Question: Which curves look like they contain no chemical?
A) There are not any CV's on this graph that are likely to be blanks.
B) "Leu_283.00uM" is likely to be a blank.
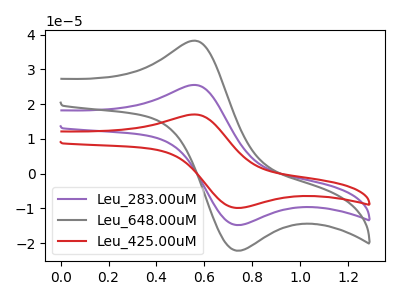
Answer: <think>The purple curve "Leu_283.00uM" has an anodic peak at (0.55V, 25.50uA) and a cathodic peak at (0.75V, -14.75uA). The gray curve "Leu_648.00uM" has an anodic peak at (0.55V, 38.20uA) and a cathodic peak at (0.75V, -22.10uA). The red curve "Leu_425.00uM" has an anodic peak at (0.55V, 51.00uA) and a cathodic peak at (0.75V, -29.50uA).</think>
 <answer>A) There are not any CV's on this graph that are likely to be blanks.</answer>
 <eval>A</eval>